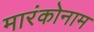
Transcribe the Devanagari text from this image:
मारंकोनाम